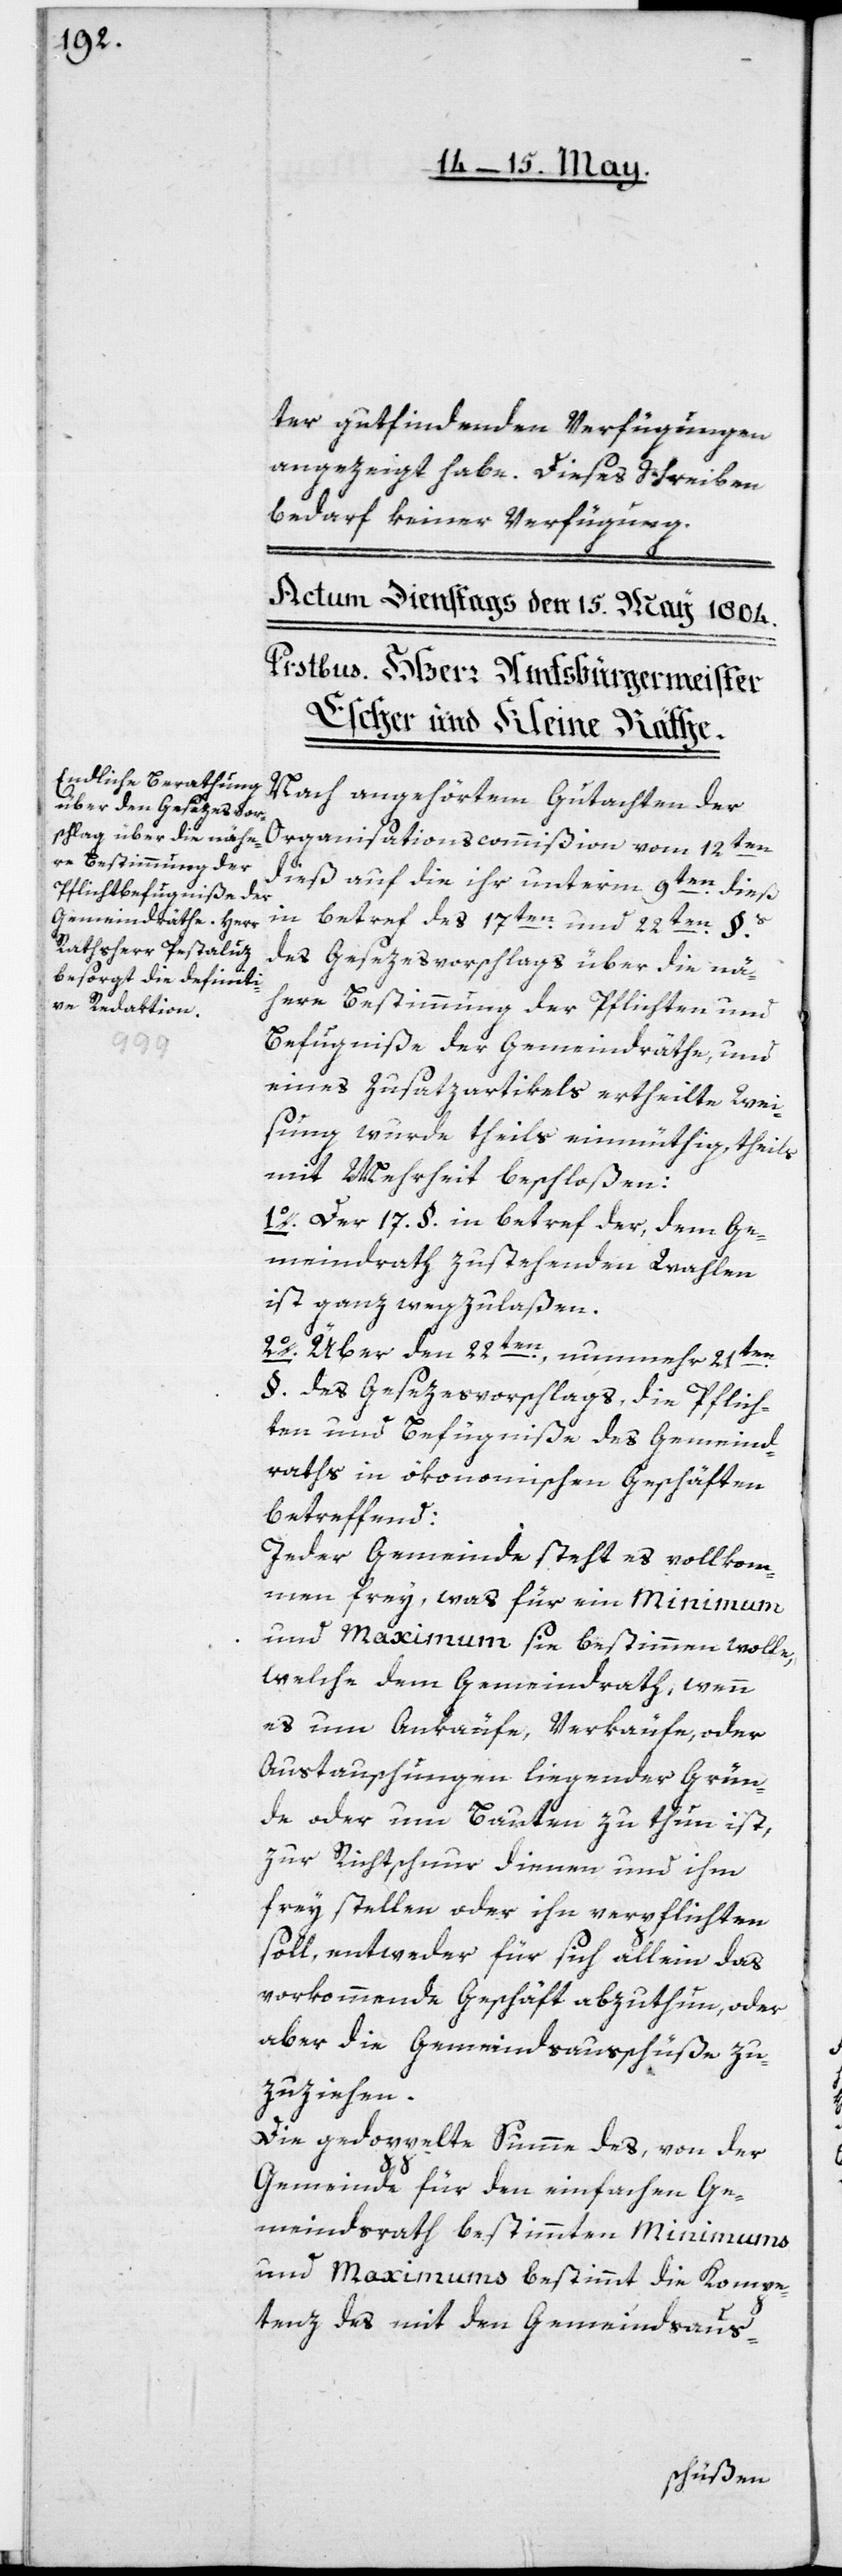
ter gutfindenden Verfügungen
angezeigt habe. Dieses Schreiben
bedarf keiner Verfügung.
Nach angehörtem Gutachten der
Organisationscommißion vom 12ten
dieß, auf die ihr unterm 9ten dieß
in betref des 17ten und 22ten §§
des Gesezesvorschlags über die nä¬
here Bestimmung der Pflichten und
Befugniße der Gemeindräthe, und
eines Zusazartikels ertheilte Wei¬
sung wurde theils einmüthig, theils
mit Mehrheit beschloßen:
1o. der 17.§. in betref der, dem Ge¬
meindrath zustehenden Wahlen,
ist ganz wegzulaßen.
2o. Über den 22ten, nunmehr 21ten
§. des Gesezesvorschlags, die Pflich¬
ten und Befugniße des Gemeind¬
raths in ökonomischen Geschäften
betreffend:
Jeder Gemeinde steht es vollkom¬
men frey, was für ein Minimum
und Maximum sie bestimmen wolle,
welche dem Gemeindrath, wenn
es um Ankäufe, Verkäufe, oder
Austauschungen liegender Grün¬
de oder um Bauten zu thun ist,
zur Richtschnur dienen und ihm
frey stellen oder ihn verpflichten
soll, entweder für sich allein, das
vorkommende Geschäfte abzuthun, oder
aber die Gemeindsausschüße zu¬
zuziehen.
Die gedoppelte Summe des, von der
Gemeinde für den einfachen Ge¬
meindsrath bestimmten Minimums
und Maximums bestimmt die Kompe¬
tenz des mit den Gemeindsaus-